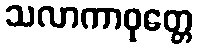
သလာကာဝုတ္တေ